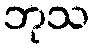
ဘုသ